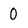
Character: 0